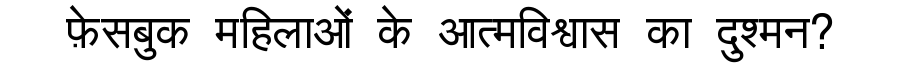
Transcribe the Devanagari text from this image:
फ़ेसबुक महिलाओं के आत्मविश्वास का दुश्मन?